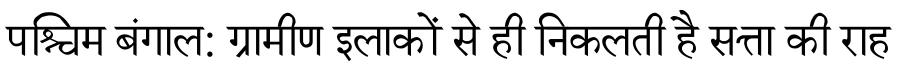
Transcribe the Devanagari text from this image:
पश्चिम बंगाल: ग्रामीण इलाकों से ही निकलती है सत्ता की राह